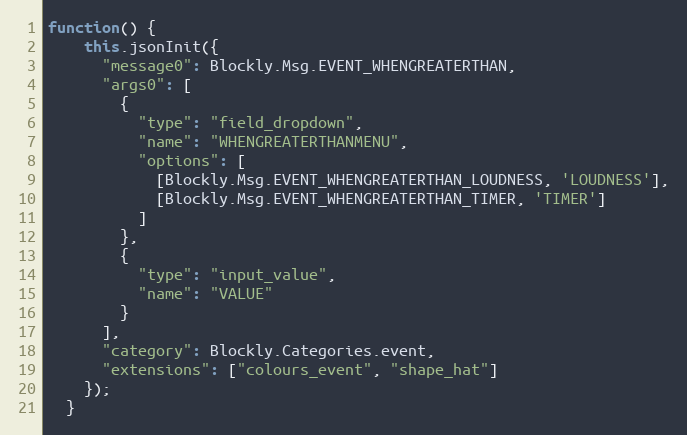
Language: JavaScript
function() {
    this.jsonInit({
      "message0": Blockly.Msg.EVENT_WHENGREATERTHAN,
      "args0": [
        {
          "type": "field_dropdown",
          "name": "WHENGREATERTHANMENU",
          "options": [
            [Blockly.Msg.EVENT_WHENGREATERTHAN_LOUDNESS, 'LOUDNESS'],
            [Blockly.Msg.EVENT_WHENGREATERTHAN_TIMER, 'TIMER']
          ]
        },
        {
          "type": "input_value",
          "name": "VALUE"
        }
      ],
      "category": Blockly.Categories.event,
      "extensions": ["colours_event", "shape_hat"]
    });
  }